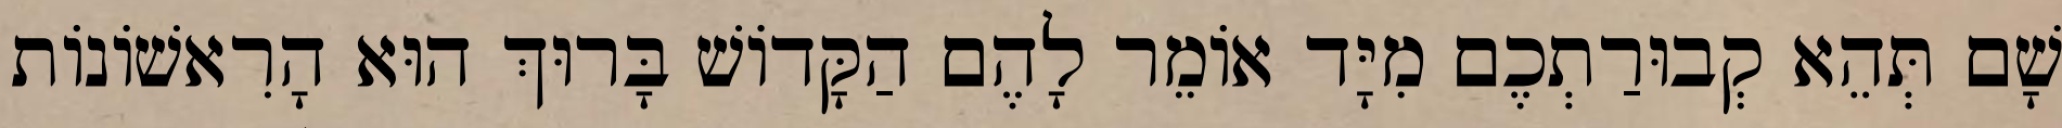
שָׁם תְּהֵא קְבוּרַתְכֶם מִיָּד אוֹמֵר לָהֶם הַקָּדוֹשׁ בָּרוּךְ הוּא הָרִאשׁוֹנוֹת